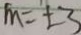
m = \pm 3